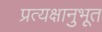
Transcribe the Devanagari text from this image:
प्रत्यक्षानुभूत